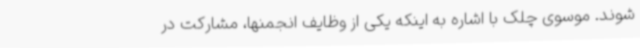
شوند. موسوی چلک با اشاره به اینکه یکی از وظایف انجمنها، مشارکت در